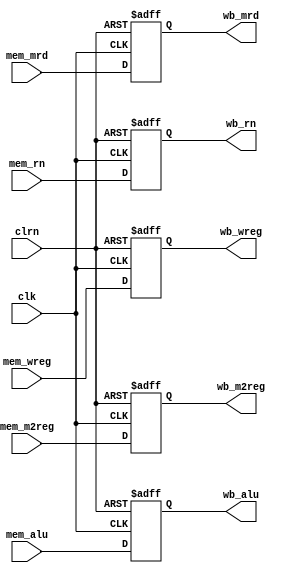
`timescale 1ns / 1ps
//////////////////////////////////////////////////////////////////////////////////
// Company: 
// Engineer: 
// 
// Design Name: 
// Module Name: pipe_mw_reg
// Project Name: 
// Target Devices: 
// Tool Versions: 
// Description: 
// 
// Dependencies: 
// 
// Revision:
// Revision 0.01 - File Created
// Additional Comments:
// 
//////////////////////////////////////////////////////////////////////////////////


module pipe_mw_reg #(parameter WIDTH=32, REGBITS=5)(
    input clk,
    input clrn,
    input [WIDTH-1:0] mem_mrd,
    input [WIDTH-1:0] mem_alu,
    input [REGBITS-1:0] mem_rn,
    input mem_wreg,
    input mem_m2reg,
    output reg [WIDTH-1:0] wb_mrd,
    output reg [WIDTH-1:0] wb_alu,
    output reg [REGBITS-1:0] wb_rn,
    output reg wb_wreg,
    output reg wb_m2reg);

    always @(posedge clk or negedge clrn) begin
        if (!clrn) begin
            wb_mrd <= 0;
            wb_alu <= 0;
            wb_rn <= 0;
            wb_wreg <= 0;
            wb_m2reg <= 0;
        end else begin
            wb_mrd <= mem_mrd;
            wb_alu <= mem_alu;
            wb_rn <= mem_rn;
            wb_wreg <= mem_wreg;
            wb_m2reg <= mem_m2reg;
        end        
    end
endmodule